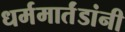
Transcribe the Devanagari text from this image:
धर्ममार्तंडांनी